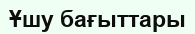
Ұшу бағыттары